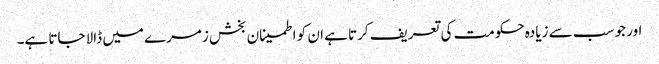
اور جو سب سے زیادہ حکومت کی تعریف کرتا ہے ان کو اطمینان بخش زمرے میں ڈالا جاتا ہے۔